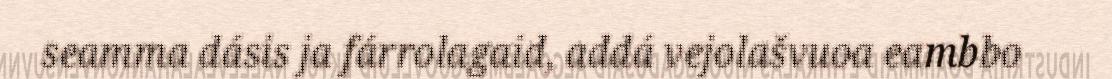
seamma dásis ja fárrolagaid, addá vejolašvuoa eambbo